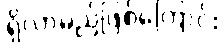
ရှိလာမည်ဖြစ်ကြောင်း